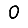
Digit: 0